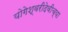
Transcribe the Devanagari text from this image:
योगेश्वरीदेवीच्या